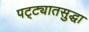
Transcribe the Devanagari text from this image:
पट्ट्यातसुद्धा